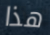
هذا